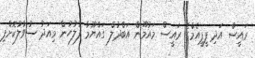
ރައީސް އަދި ޕީޕީއެމްގެ ރައީސް މައުމޫން އަބްދުލް ގައްޔޫމާ ފުލުހުން މިއަދު ސުވާލުކޮށްފި